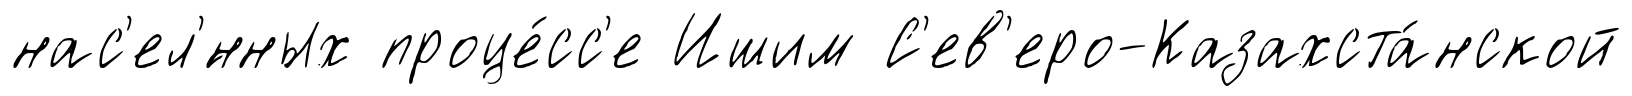
нас'ел'́нных проце́сс'е Ишим С'ев'еро-Казахста́нской